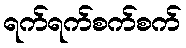
ရက်ရက်စက်စက်